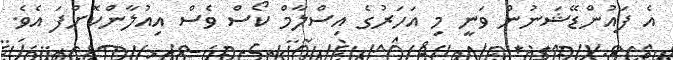
އެ ފައުންޑޭޝަނުން ވަނީ މި އަހަރުގެ އިސްލާމް ކޯސް ވެސް އިއުލާންކޮށްފަ އެވެ.